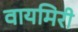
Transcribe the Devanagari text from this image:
वायमिरी